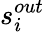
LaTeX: s_{i}^{out}